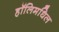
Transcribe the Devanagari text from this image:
हॉलिमधिल